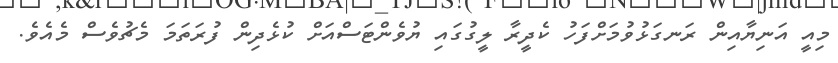
މިއީ އަނިޔާއިން ރަނގަޅުވުމަށްފަހު ކެދީރާ ލީގުގައި ޔުވެންޓަސްއަށް ކުޅެދިން ފުރަތަމަ މެޗުވެސް މެއެވެ.